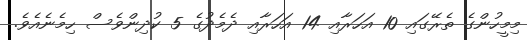
މިމީހުންގެ ތެރޭގައި 10 އަހަރާއި 14 އަހަރާއި ދެމެދުގެ 5 ކުދިންވެސް ހިމެނެއެވެ.